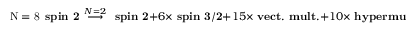
\mathrm { N = 8 } \, \mathrm { \bf ~ s p i n ~ 2 } \, \stackrel { N = 2 } { \longrightarrow } \, \mathrm { \bf ~ s p i n ~ 2 } + 6 \times \mathrm { \bf ~ s p i n ~ 3 / 2 } + 1 5 \times \mathrm { \bf ~ v e c t . ~ m u l t . } + 1 0 \times \mathrm { \bf ~ h y p e r m u l t . }